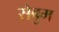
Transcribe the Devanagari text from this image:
सेबुम